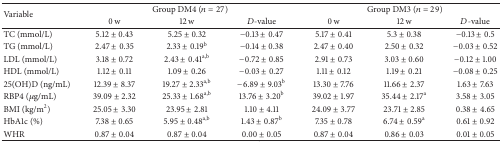
<table><thead><tr><td rowspan="2"><b>Variable</b></td><td colspan="3"><b>Group DM4 (<i>n</i> = 27)</b></td><td colspan="3"><b>Group DM3 (<i>n</i> = 29)</b></td></tr><tr><td><b>0 w</b></td><td><b>12 w</b></td><td><b><i>D</i>-value</b></td><td><b> 0 w</b></td><td><b>12 w</b></td><td><b><i>D</i>-value</b></td></tr></thead><tbody><tr><td>TC (mmol/L)</td><td>5.12 ± 0.43</td><td>5.25 ± 0.32</td><td>−0.13 ± 0.47</td><td>5.17 ± 0.41</td><td>5.3 ± 0.38</td><td>−0.13 ± 0.5</td></tr><tr><td>TG (mmol/L)</td><td>2.47 ± 0.35</td><td>2.33 ± 0.19<sup>b</sup></td><td>−0.14 ± 0.38</td><td>2.47 ± 0.40</td><td>2.50 ± 0.32</td><td>−0.03 ± 0.52</td></tr><tr><td>LDL (mmol/L)</td><td>3.18 ± 0.72</td><td>2.43 ± 0.41<sup>a,b</sup></td><td>−0.72 ± 0.85</td><td>2.91 ± 0.73</td><td>3.03 ± 0.60</td><td>−0.12 ± 1.00</td></tr><tr><td>HDL (mmol/L)</td><td>1.12 ± 0.11</td><td>1.09 ± 0.26</td><td>−0.03 ± 0.27</td><td>1.11 ± 0.12</td><td>1.19 ± 0.21</td><td>−0.08 ± 0.25</td></tr><tr><td>25(OH)D (ng/mL)</td><td>12.39 ± 8.37</td><td>19.27 ± 2.33<sup>a,b</sup></td><td>−6.89 ± 9.03<sup>b</sup></td><td>13.30 ± 7.76</td><td>11.66 ± 2.37</td><td>1.63 ± 7.63</td></tr><tr><td>RBP4 (<i>μ</i>g/mL)</td><td>39.09 ± 2.32</td><td>25.33 ± 1.68<sup>a,b</sup></td><td>13.76 ± 3.20<sup>b</sup></td><td>39.02 ± 1.97</td><td>35.44 ± 2.17<sup>a</sup></td><td>3.58 ± 3.05</td></tr><tr><td>BMI (kg/m<sup>2</sup>)</td><td>25.05 ± 3.30</td><td>23.95 ± 2.81</td><td>1.10 ± 4.11</td><td>24.09 ± 3.77</td><td>23.71 ± 2.85</td><td>0.38 ± 4.65</td></tr><tr><td>HbA1c (%)</td><td>7.38 ± 0.65</td><td>5.95 ± 0.48<sup>a,b</sup></td><td>1.43 ± 0.87<sup>b</sup></td><td>7.35 ± 0.78</td><td>6.74 ± 0.59<sup>a</sup></td><td>0.61 ± 0.92</td></tr><tr><td>WHR</td><td>0.87 ± 0.04</td><td>0.87 ± 0.04</td><td>0.00 ± 0.05</td><td>0.87 ± 0.04</td><td>0.86 ± 0.03</td><td>0.01 ± 0.05</td></tr></tbody></table>